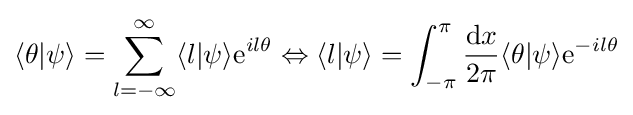
\langle \theta |\psi \rangle =\sum _{l=-\infty }^{\infty }\langle l|\psi \rangle \mathrm {e} ^{il\theta }\Leftrightarrow \langle l|\psi \rangle =\int _{-\pi }^{\pi }{\frac {\mathrm {d} x}{2\pi }}\langle \theta |\psi \rangle \mathrm {e} ^{-il\theta }